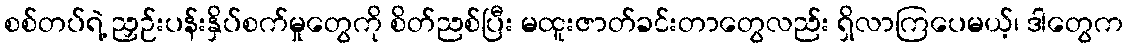
စစ်တပ်ရဲ့ ညှဉ်းပန်းနှိပ်စက်မှုတွေကို စိတ်ညစ်ပြီး မထူးဇာတ်ခင်းတာတွေလည်း ရှိလာကြပေမယ့်၊ ဒါတွေက